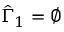
\hat { \Gamma } _ { 1 } = \varnothing